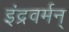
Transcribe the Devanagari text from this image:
इंद्रवर्मन्‌